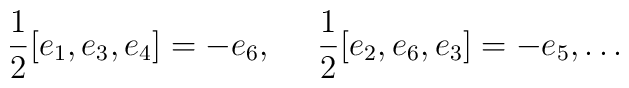
\frac{1}{2}[e_1,e_3,e_4]=-e_6,~~~~ \frac{1}{2}[e_2,e_6,e_3]=-e_5, \ldots